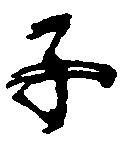
子